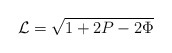
\begin{align*}{\cal L}=\sqrt{ 1 + 2P - 2\Phi} \end{align*}